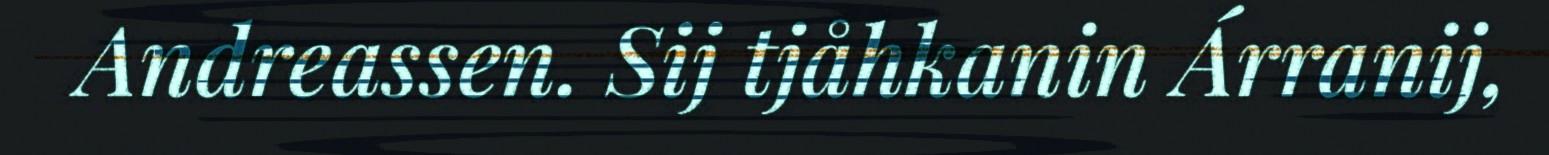
Andreassen. Sij tjåhkanin Árranij,